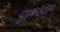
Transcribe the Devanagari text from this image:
पृथकक्करण